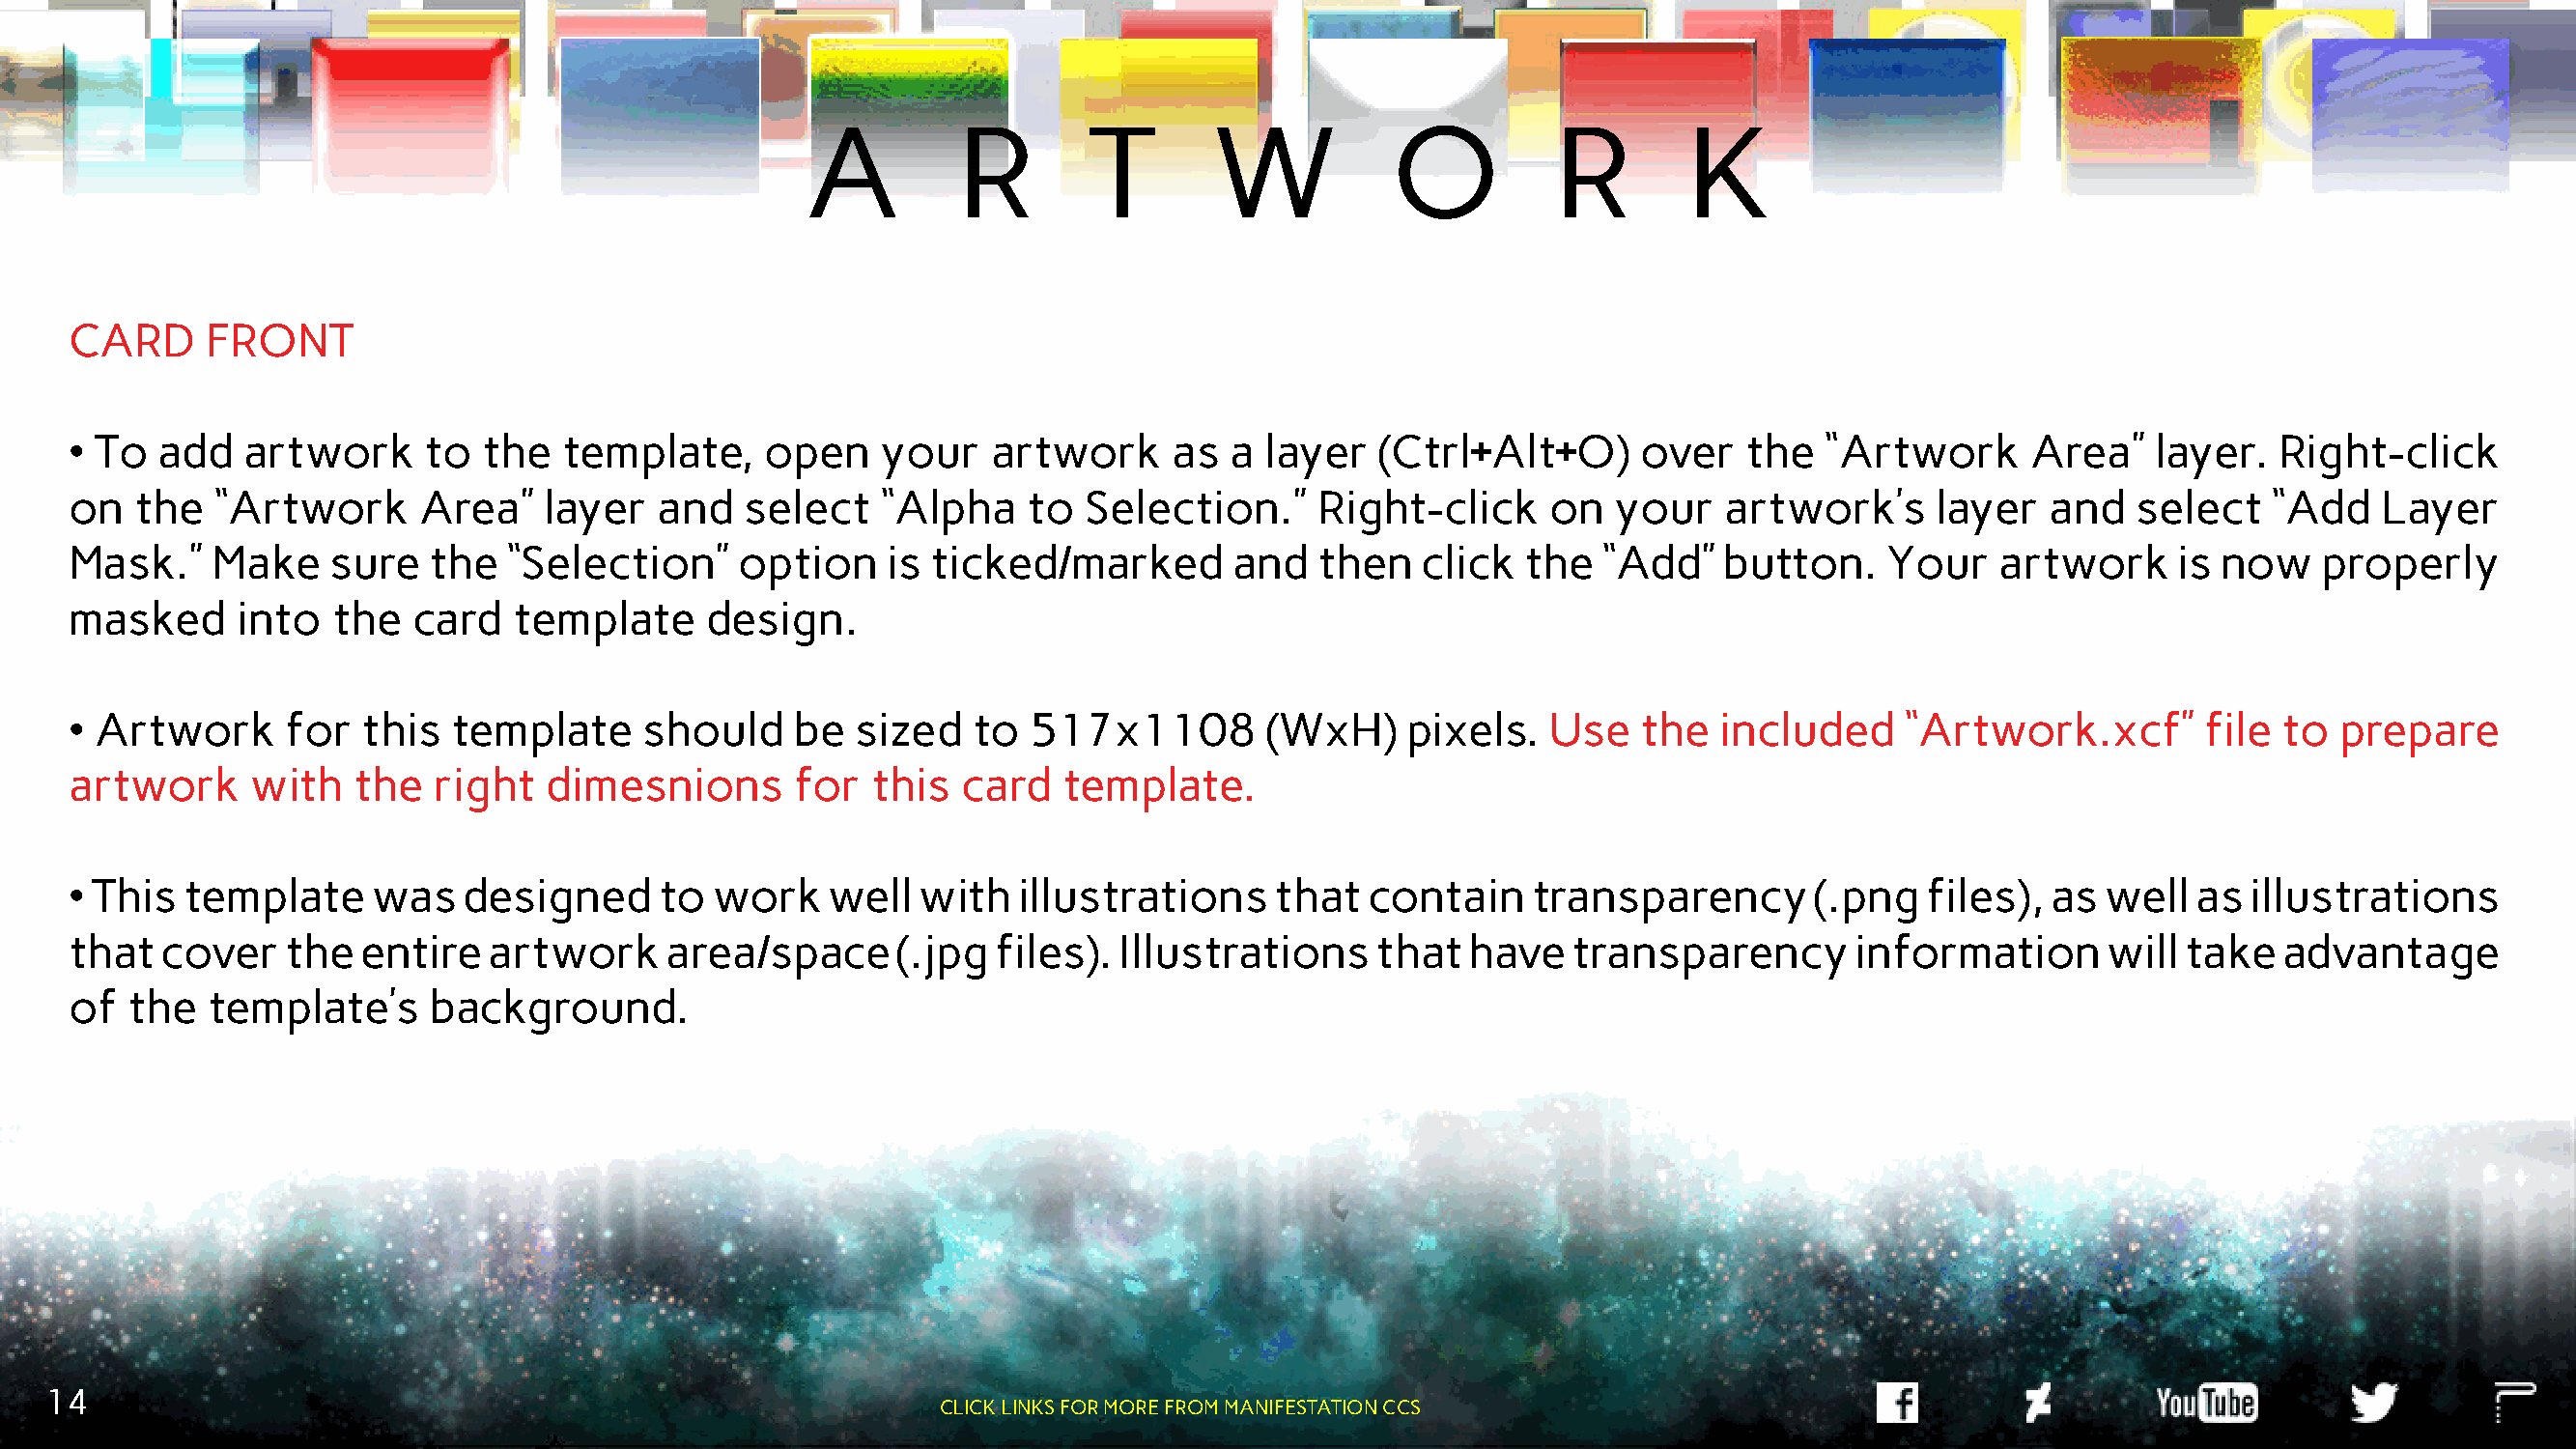
A          R        T       W           O          R         K
 CARD     FRONT
 • To  add   artwork     to  the   template,    open    your    artwork     as  a  layer  (Ctrl+Alt+O)      over    the  “Artwork      Area”    layer.  Right-click
 on  the   “Artwork      Area”   layer   and   select   “Alpha    to  Selection.”     Right-click     on   your   artwork’s      layer  and   select    “Add   Layer
 Mask.”    Make    sure  the   “Selection”     option    is ticked/marked        and  then   click  the   “Add”   button.    Your    artwork     is now    properly
 masked     into   the  card   template     design.
 • Artwork      for  this  template     should    be   sized   to  517x1108        (WxH)    pixels.   Use   the   included     “Artwork.xcf”       file to  prepare
 artwork     with   the   right  dimesnions       for   this  card   template.
 • This  template    was    designed     to  work    well  with   illustrations    that   contain    transparency       (.png   files),  as well  as  illustrations
 that  cover    the  entire  artwork      area/space     (.jpg  files).  Illustrations    that   have   transparency       information      will  take  advantage
 of  the  template’s      background.
 14
 CLICK LINKS FOR MORE FROM MANIFESTATION CCS